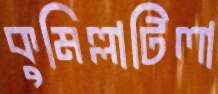
কুমিল্লাটিলা